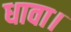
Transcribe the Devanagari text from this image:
धावा।